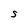
Character: S